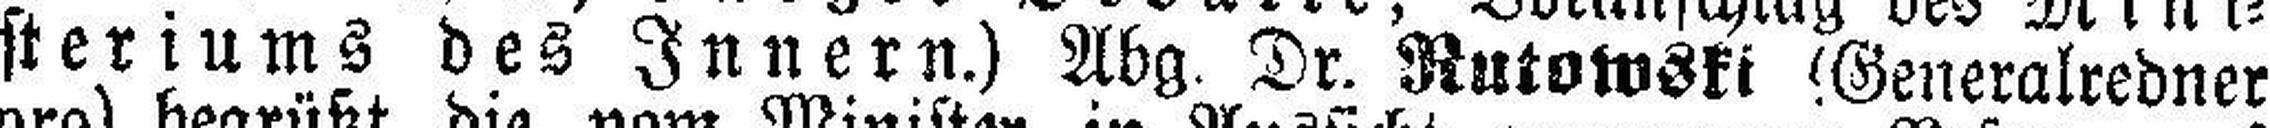
steriums des Innern.) Abg. Dr. Rutowski (Generalredner